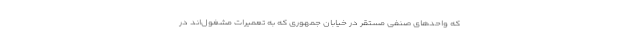
که واحدهای صنفی مستقر در خیابان جمهوری که به تعمیرات مشغول‌اند در